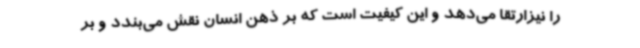
را نیزارتقا می‌دهد و این کیفیت است که بر ذهن انسان نقش می‌بندد و بر